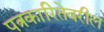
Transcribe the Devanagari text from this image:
पत्रकारितेवरील